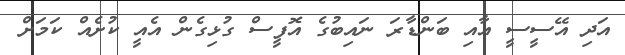
އަދި އޭސީސީ އާއި ބަންޑާރަ ނައިބުގެ އޮފީސް ގުޅިގެން އެއީ ކުށެއް ކަމަށް